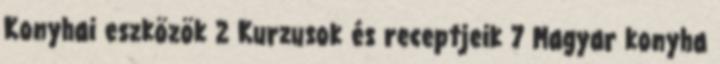
Konyhai eszközök 2 Kurzusok és receptjeik 7 Magyar konyha